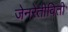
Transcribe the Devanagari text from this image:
जेनरेतीविती